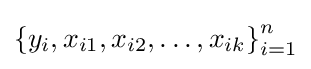
\left\{y_{i},x_{i1},x_{i2},\dots ,x_{ik}\right\}_{i=1}^{n}